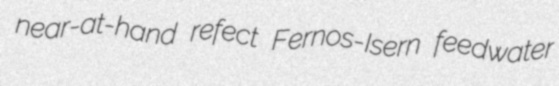
near-at-hand refect Fernos-Isern feedwater